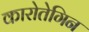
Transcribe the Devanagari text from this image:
कारोतेगिन